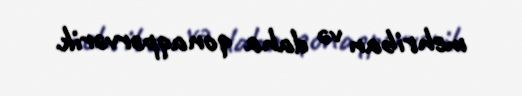
mehriban və daha qonaqpərvərik.